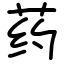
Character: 药